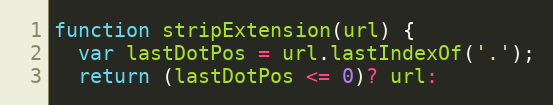
Language: JavaScript
function stripExtension(url) {
  var lastDotPos = url.lastIndexOf('.');
  return (lastDotPos <= 0)? url: